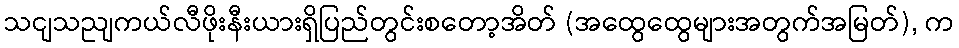
သငျသညျကယ်လီဖိုးနီးယားရှိပြည်တွင်းစတော့အိတ် (အထွေထွေများအတွက်အမြတ်), က